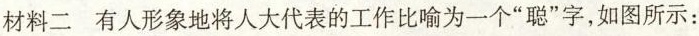
材料二 有人形象地将人大代表的工作比喻为一个”聪”字，如图所示：